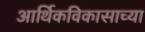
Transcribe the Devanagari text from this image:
आर्थिकविकासाच्या